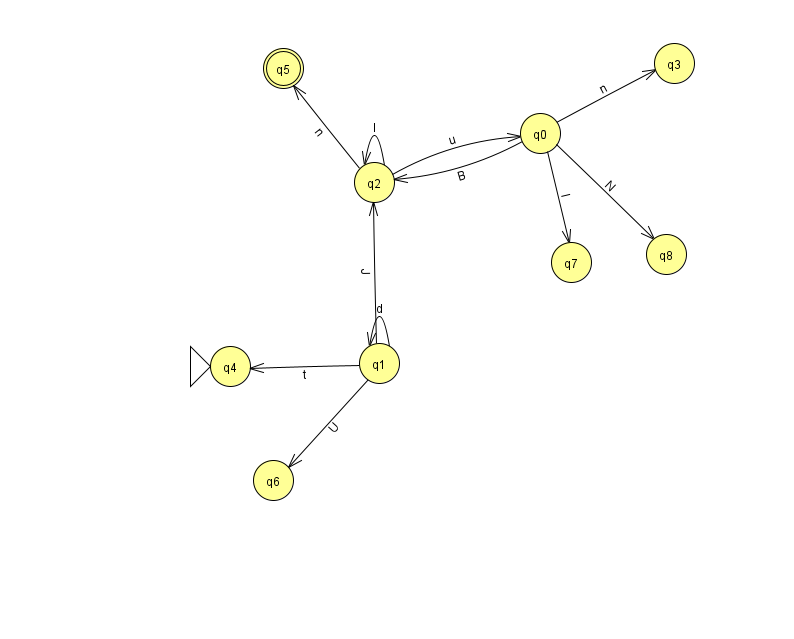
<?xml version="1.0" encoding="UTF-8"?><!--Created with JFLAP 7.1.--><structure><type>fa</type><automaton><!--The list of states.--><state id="0" name="q0"><x>540.0</x><y>120.0</y></state><state id="1" name="q1"><x>379.0</x><y>350.0</y></state><state id="2" name="q2"><x>374.0</x><y>169.0</y></state><state id="3" name="q3"><x>674.0</x><y>50.0</y></state><state id="4" name="q4"><x>230.0</x><y>353.0</y><initial/></state><state id="5" name="q5"><x>283.0</x><y>55.0</y><final/></state><state id="6" name="q6"><x>273.0</x><y>467.0</y></state><state id="7" name="q7"><x>571.0</x><y>249.0</y></state><state id="8" name="q8"><x>666.0</x><y>241.0</y></state><!--The list of transitions.--><transition><from>1</from><to>2</to><read>J</read></transition><transition><from>1</from><to>6</to><read>U</read></transition><transition><from>1</from><to>1</to><read>d</read></transition><transition><from>0</from><to>2</to><read>B</read></transition><transition><from>2</from><to>2</to><read>I</read></transition><transition><from>1</from><to>4</to><read>t</read></transition><transition><from>0</from><to>8</to><read>N</read></transition><transition><from>0</from><to>7</to><read>I</read></transition><transition><from>2</from><to>0</to><read>u</read></transition><transition><from>0</from><to>3</to><read>n</read></transition><transition><from>2</from><to>5</to><read>n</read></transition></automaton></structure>